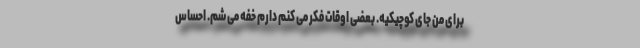
براى من جاى کوچیکیه. بعضى اوقات فکر مى ‌کنم دارم خفه مى ‌شم. احساس